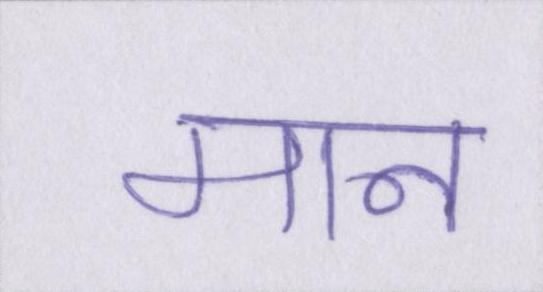
मान